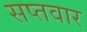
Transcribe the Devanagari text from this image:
सप्तवार